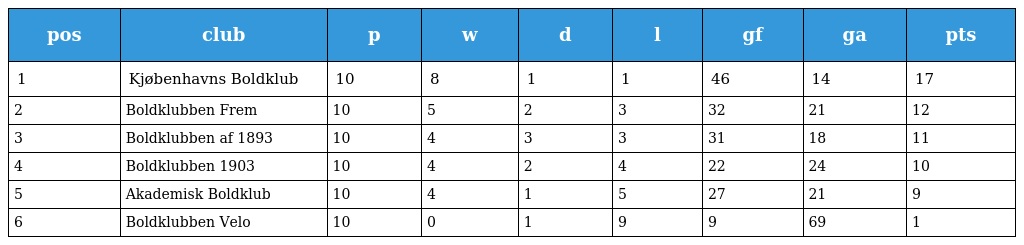
| pos | club | p | w | d | l | gf | ga | pts |
 | --- | --- | --- | --- | --- | --- | --- | --- | --- |
 | 1 | Kjøbenhavns Boldklub | 10 | 8 | 1 | 1 | 46 | 14 | 17 |
 | 2 | Boldklubben Frem | 10 | 5 | 2 | 3 | 32 | 21 | 12 |
 | 3 | Boldklubben af 1893 | 10 | 4 | 3 | 3 | 31 | 18 | 11 |
 | 4 | Boldklubben 1903 | 10 | 4 | 2 | 4 | 22 | 24 | 10 |
 | 5 | Akademisk Boldklub | 10 | 4 | 1 | 5 | 27 | 21 | 9 |
 | 6 | Boldklubben Velo | 10 | 0 | 1 | 9 | 9 | 69 | 1 |